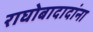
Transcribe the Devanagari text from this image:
राघोबादादांना